Civil Veterinary Department. United Provinces 1932-42 - 1932-1942
Year: 1932
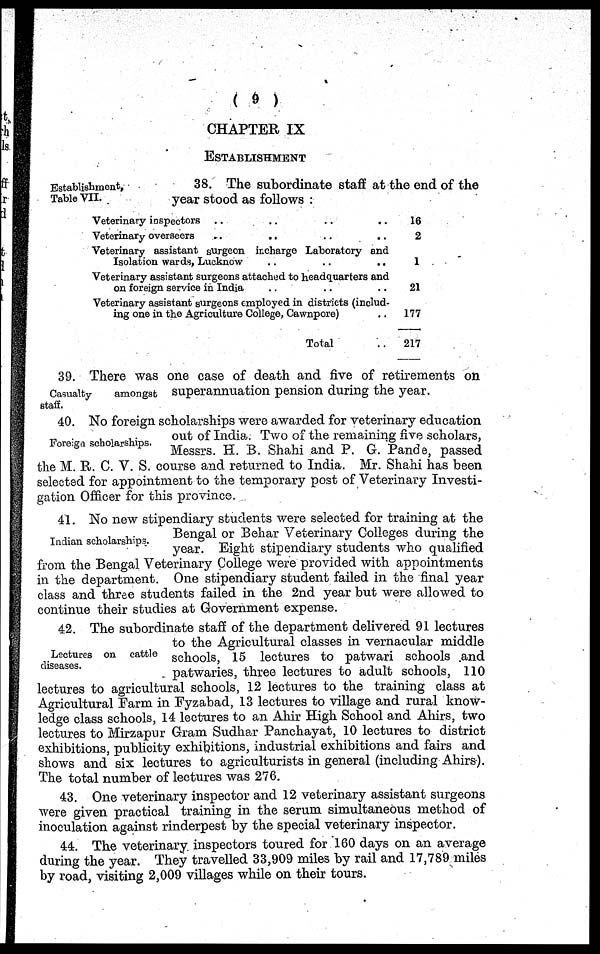
(9)
CHAPTER IX
ESTABLISHMENT
Establishment,
Table VII.
38. The subordinate staff at the end of the
year stood as follows :
Veterinary inspectors .. .. .. ..
Veterinary overseers .. .. .. ..
Veterinary assistant surgeon incharge Laboratory and
Isolation wards, Lucknow .. .. .. ..
Veterinary assistant surgeons attached to headquarters and
on foreign service in India .. .. ..
Veterinary assistant surgeons employed in districts (includ-
ing one in the Agriculture College, Cawnpore) ..
Total ..
16
2
1
21
177
217
Casualty
staff.
39. There was one case of death and five of retirements on
amongst superannuation pension during the year.
Foreign scholarships.
40. No foreign scholarships were awarded for veterinary education
out of India. Two of the remaining five scholars,
Messrs. H. B. Shahi and P. G. Pande, passed
the M. R. C. V. S. course and returned to India. Mr. Shahi has been
selected for appointment to the temporary post of Veterinary Investi-
gation Officer for this province.
Indian scholarships.
41. No new stipendiary students were selected for training at the
Bengal or Behar Veterinary Colleges during the
year. Eight stipendiary students who qualified
from the Bengal Veterinary College were provided with appointments
in the department. One stipendiary student failed in the final year
class and three students failed in the 2nd year but were allowed to
continue their studies at Government expense.
Lectures on cattle
diseases.
42. The subordinate staff of the department delivered 91 lectures
to the Agricultural classes in vernacular middle
schools, 15 lectures to patwari schools and
patwaries, three lectures to adult schools, 110
lectures to agricultural schools, 12 lectures to the training class at
Agricultural Farm in Fyzabad, 13 lectures to village and rural know-
ledge class schools, 14 lectures to an Ahir High School and Ahirs, two
lectures to Mirzapur Gram Sudhar Panchayat, 10 lectures to district
exhibitions, publicity exhibitions, industrial exhibitions and fairs and
shows and six lectures to agriculturists in general (including Ahirs).
The total number of lectures was 276.
43. One veterinary inspector and 12 veterinary assistant surgeons
were given practical training in the serum simultaneous method of
inoculation against rinderpest by the special veterinary inspector.
44. The veterinary inspectors toured for 160 days on an average
during the year. They travelled 33,909 miles by rail and 17,789 miles
by road, visiting 2,009 villages while on their tours.